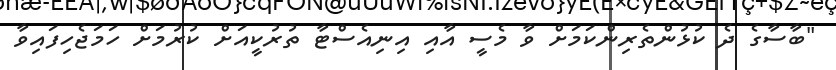
"ބާސާގެ ދެ ކުޅުންތެރިންކަމަށް ވާ މެސީ އާއި އިނިއެސްޓާ ތުރުކީއަށް ކުރުމަށް ހަމަޖެހިފައިވާ